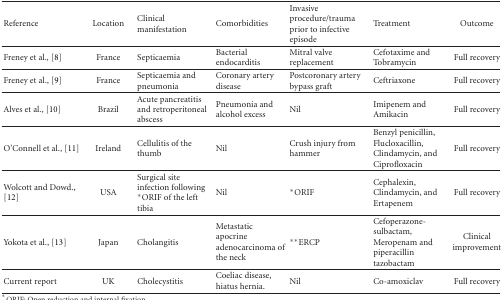
<table><thead><tr><td><b>Reference</b></td><td><b>Location</b></td><td><b>Clinical manifestation</b></td><td><b>Comorbidities</b></td><td><b>Invasive procedure/trauma prior to infective episode</b></td><td><b>Treatment</b></td><td><b>Outcome</b></td></tr></thead><tbody><tr><td>Freney et al<i>.,</i> [8]</td><td>France</td><td>Septicaemia</td><td>Bacterial endocarditis</td><td>Mitral valve replacement</td><td>Cefotaxime and Tobramycin</td><td>Full recovery </td></tr><tr><td>Freney et al., [9]</td><td>France</td><td>Septicaemia and pneumonia</td><td>Coronary artery disease</td><td>Postcoronary artery bypass graft</td><td>Ceftriaxone</td><td>Full recovery </td></tr><tr><td>Alves et al., [10]</td><td>Brazil</td><td>Acute pancreatitis and retroperitoneal abscess</td><td>Pneumonia and alcohol excess</td><td>Nil</td><td>Imipenem and Amikacin</td><td>Full recovery </td></tr><tr><td>O&#x27;Connell et al., [11]</td><td>Ireland</td><td>Cellulitis of the thumb</td><td>Nil</td><td>Crush injury from hammer</td><td>Benzyl penicillin, Flucloxacillin, Clindamycin, and Ciprofloxacin</td><td>Full recovery </td></tr><tr><td>Wolcott and Dowd., [12]</td><td>USA</td><td>Surgical site infection following *ORIF of the left tibia</td><td>Nil</td><td>*ORIF</td><td>Cephalexin, Clindamycin, and Ertapenem</td><td>Full recovery </td></tr><tr><td>Yokota et al., [13]</td><td>Japan</td><td>Cholangitis</td><td>Metastatic apocrine adenocarcinoma of the neck</td><td>**ERCP</td><td>Cefoperazone-sulbactam, Meropenam and piperacillin tazobactam</td><td>Clinical improvement </td></tr><tr><td>Current report</td><td>UK</td><td>Cholecystitis</td><td>Coeliac disease, hiatus hernia.</td><td>Nil</td><td>Co-amoxiclav</td><td>Full recovery </td></tr></tbody></table>